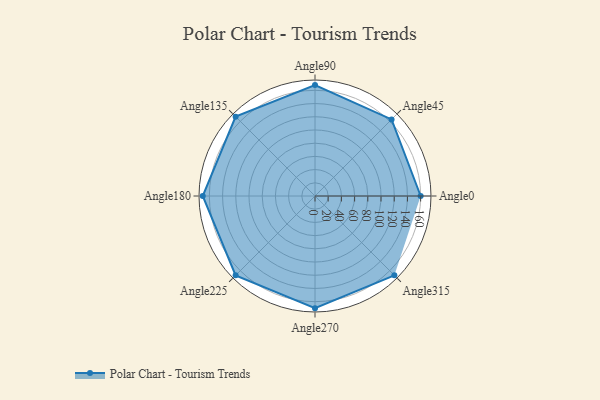
{"axis": {"x": "Angle", "y": "Radius"}, "legend": [""], "data": [{"x": "Angle0", "y": 160.0, "type": ""}, {"x": "Angle45", "y": 164.0, "type": ""}, {"x": "Angle90", "y": 168.0, "type": ""}, {"x": "Angle135", "y": 170, "type": ""}, {"x": "Angle180", "y": 170, "type": ""}, {"x": "Angle225", "y": 170, "type": ""}, {"x": "Angle270", "y": 170, "type": ""}, {"x": "Angle315", "y": 170, "type": ""}]}